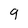
Character: 9